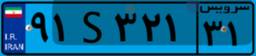
۹۱S۳۲۱۳۱